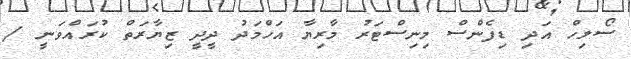
ސޯލިހް އަދިި ޑިފެންސް މިނިސްޓަރު މާރިޔާ އަހްމަދު ދީދީ ޒިޔާރަތް ކުރައްވަނީ /